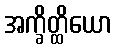
အက္ခိတ္ထိယော